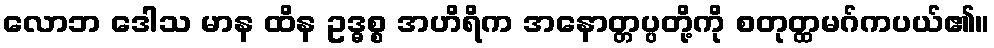
လောဘ ဒေါသ မာန ထိန ဥဒ္ဓစ္စ အဟိရိက အနောတ္တပ္ပတို့ကို စတုတ္ထမဂ်ကပယ်၏။